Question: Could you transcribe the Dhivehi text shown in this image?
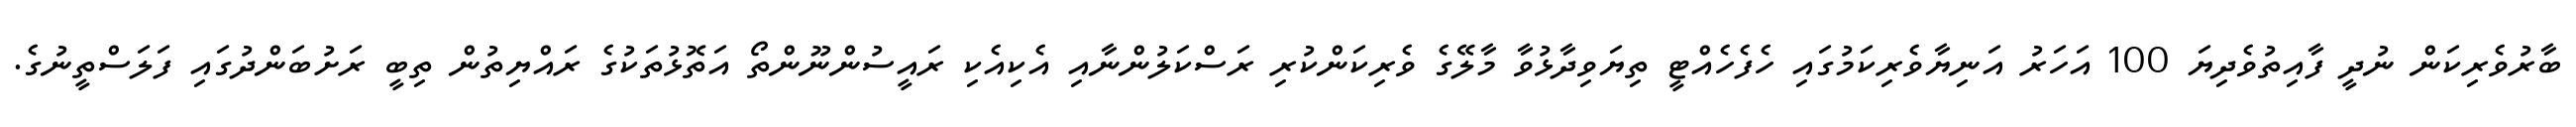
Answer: ބާރުވެރިކަން ނުދީ ފާއިތުވެދިޔަ 100 އަހަރު އަނިޔާވެރިކަމުގައި ހެފެހެއްޓީ ތިޔަވިދާޅުވާ މާލޭގެ ވެރިކަންކުރި ރަސްކަލުންނާއި އެކިއެކި ރައީސުންނޫންތޯ އަތޮޅުތަކުގެ ރައްޔިތުން ތިބީ ރަށުބަންދުގައި ފަލަސްތީނުގެ.